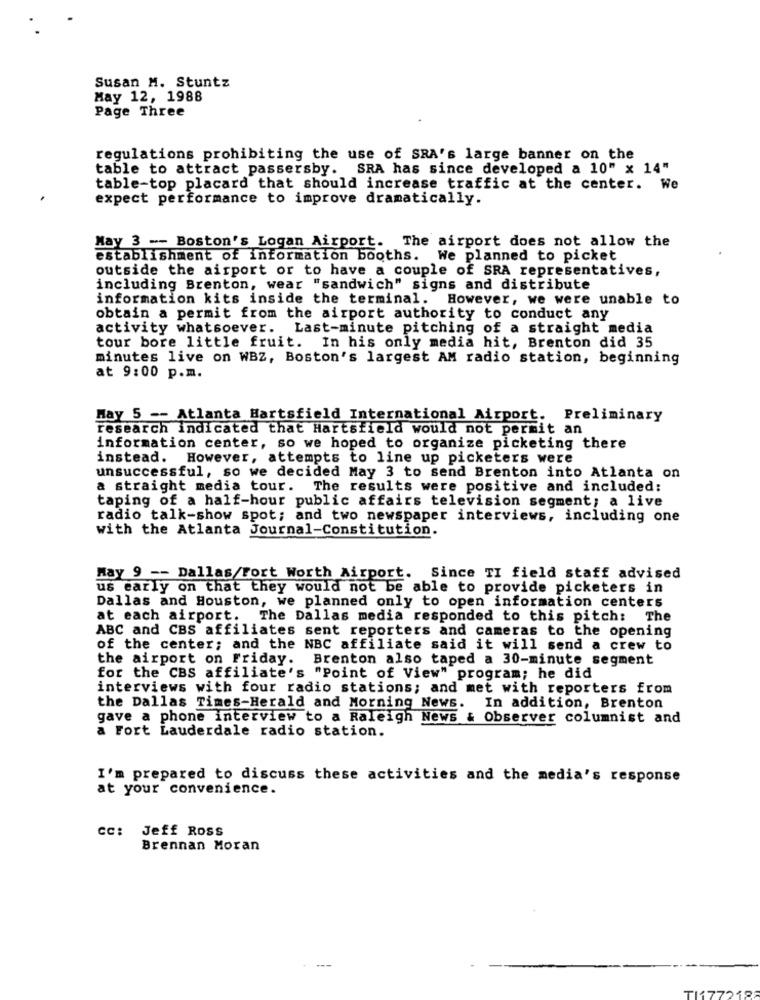
Susan M. Stuntz
May 12, 1988
Page Three
regulations prohibiting the use of SRA's large banner on the
table to attract passersby. SRA has since developed a 10" x 14"
table-top placard that should increase traffic at the center. We
expect performance to improve dramatically.
May 3 -- Boston's Logan Airport.
The airport does not allow the
establishment of information booths. We planned to picket
outside the airport or to have a couple of SRA representatives,
including Brenton, wear "sandwich" signs and distribute
information kits inside the terminal. However, we were unable to
obtain a permit from the airport authority to conduct any
activity whatsoever. Last-minute pitching of a straight media
tour bore little fruit. In his only media hit, Brenton did 35
minutes live on WBZ, Boston's largest AM radio station, beginning
at 9:00 p.m.
May 5 -- Atlanta Hartsfield International Airport. Preliminary
research indicated that Hartsfield would not permit an
information center, so we hoped to organize picketing there
instead. However, attempts to line up picketers were
unsuccessful, so we decided May 3 to send Brenton into Atlanta on
a straight media tour. The results were positive and included;
taping of a half-hour public affairs television segment; a live
radio talk-show spot; and two newspaper interviews, including one
with the Atlanta Journal-Constitution.
May 9 -- Dallas/Fort Worth Airport. Since TI field staff advised
us early on that they would not be able to provide picketers in
Dallas and Houston, we planned only to open information centers
at each airport. The Dallas media responded to this pitch: The
ABC and CBS affiliates sent reporters and cameras to the opening
of the center; and the NBC affiliate said it will send a crew to
the airport on Friday. Brenton also taped a 30-minute segment
for the CBS affiliate's "Point of View" program; he did
interviews with four radio stations; and met with reporters from
the Dallas Times-Herald and Morning News. In addition, Brenton
gave a phone interview to a Raleigh News & Observer columnist and
a Fort Lauderdale radio station.
I'm prepared to discuss these activities and the media's response
at your convenience.
cc: Jeff Ross
Brennan Moran
TI